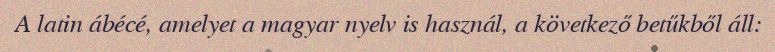
A latin ábécé, amelyet a magyar nyelv is használ, a következő betűkből áll: